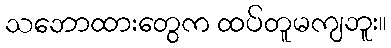
သဘောထားတွေက ထပ်တူမကျဘူး။